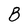
Character: B